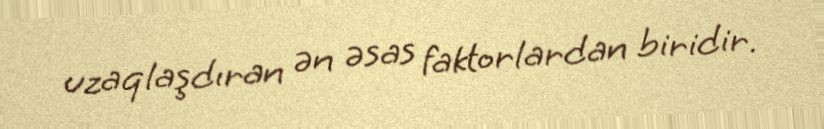
uzaqlaşdıran ən əsas faktorlardan biridir.